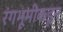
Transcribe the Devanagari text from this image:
रंगभूमीकडून